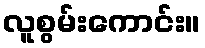
လူစွမ်းကောင်း။